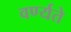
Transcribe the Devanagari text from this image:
वर्ण्यते